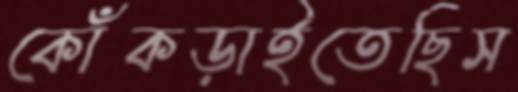
কোঁকড়াইতেছিস